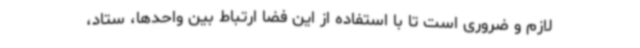
لازم و ضروری است تا با استفاده از این فضا ارتباط بین واحدها، ستاد،